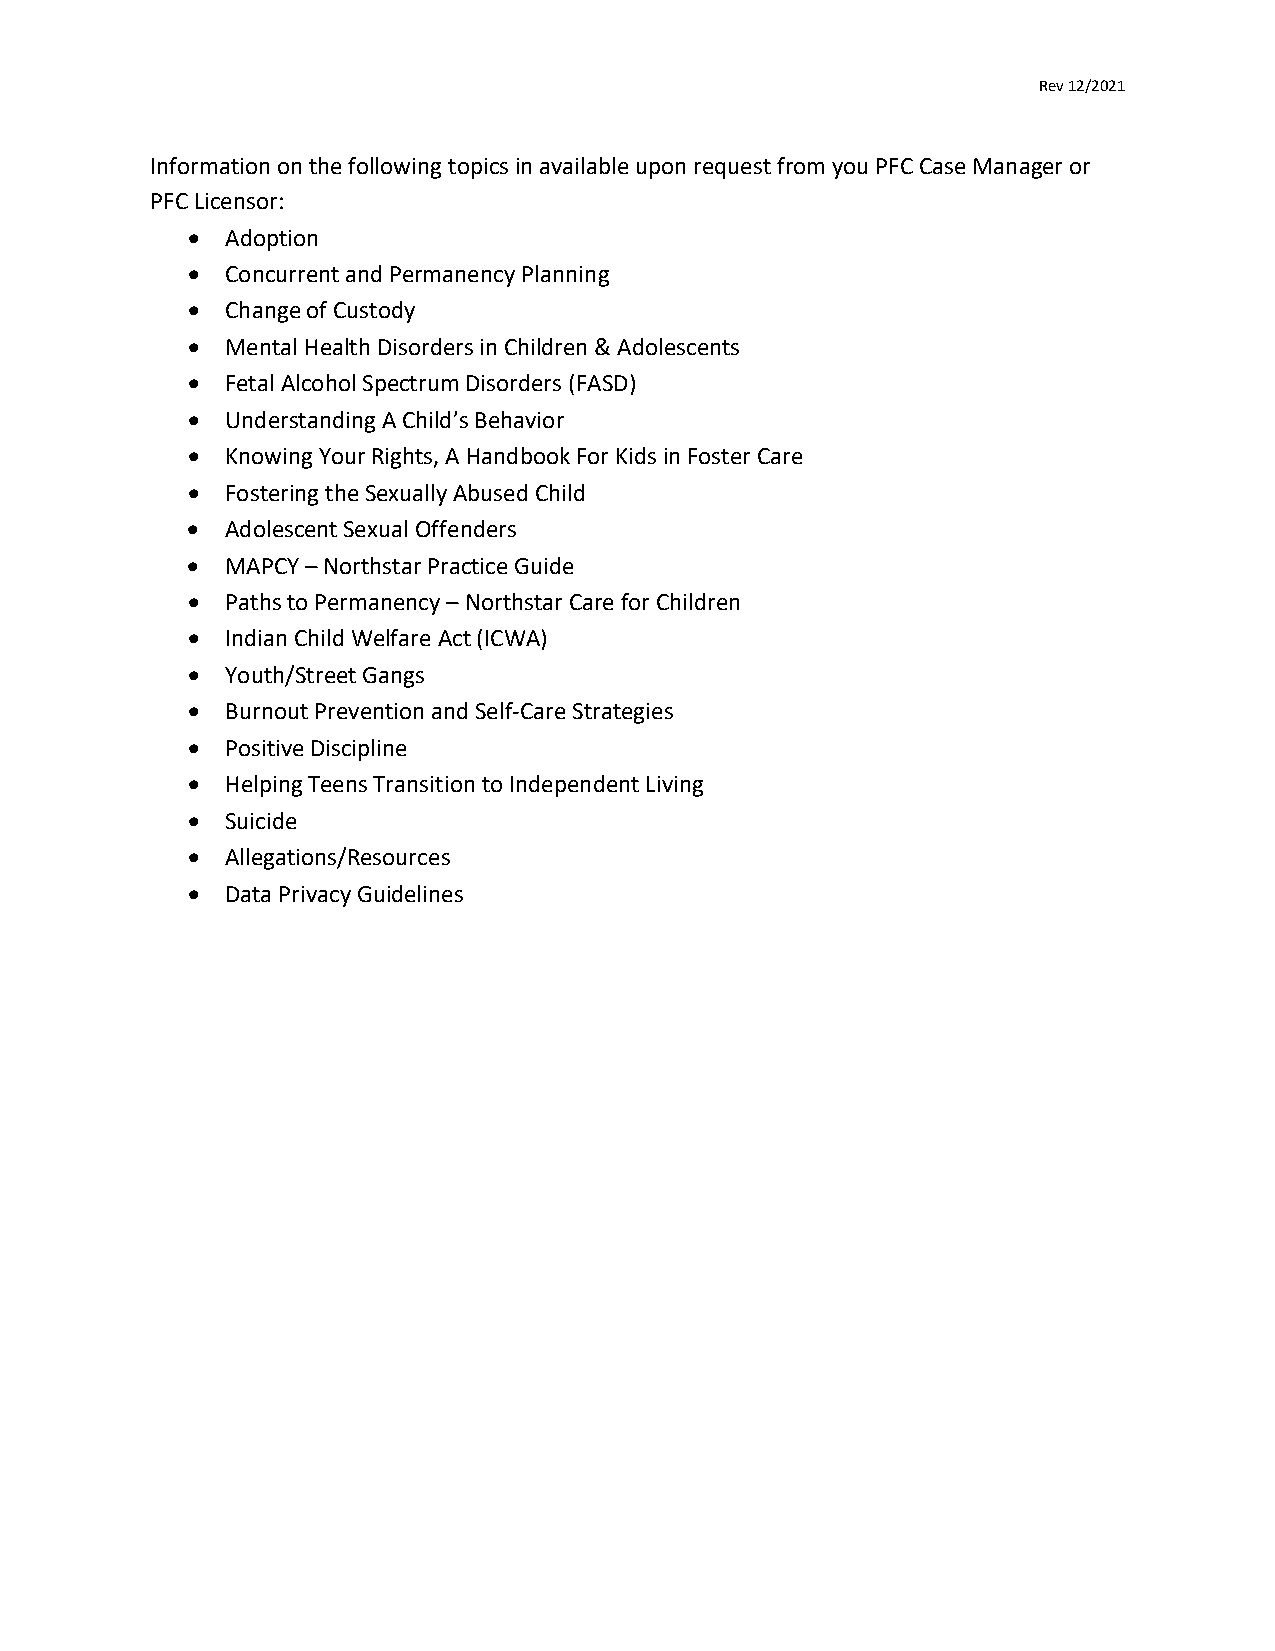
Rev 12/2021
 Information on the following topics in available upon request from you PFC Case Manager or
 PFC Licensor:
 •  Adoption
 •  Concurrent and Permanency Planning
 •  Change of Custody
 •  Mental Health Disorders in Children & Adolescents
 •  Fetal Alcohol Spectrum Disorders (FASD)
 •  Understanding A Child’s Behavior
 •  Knowing Your Rights, A Handbook For Kids in Foster Care
 •  Fostering the Sexually Abused Child
 •  Adolescent Sexual Offenders
 •  MAPCY – Northstar Practice Guide
 •  Paths to Permanency – Northstar Care for Children
 •  Indian Child Welfare Act (ICWA)
 •  Youth/Street Gangs
 •  Burnout Prevention and Self-Care Strategies
 •  Positive Discipline
 •  Helping Teens Transition to Independent Living
 •  Suicide
 •  Allegations/Resources
 •  Data Privacy Guidelines